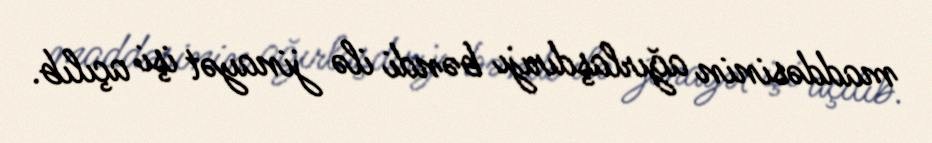
maddəsinin ağırlaşdırıjı bəndi ilə jinayət işi açılıb.